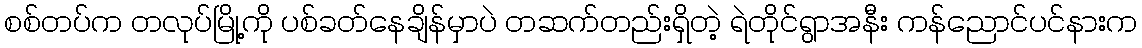
စစ်တပ်က တလုပ်မြို့ကို ပစ်ခတ်နေချိန်မှာပဲ တဆက်တည်းရှိတဲ့ ရဲတိုင်ရွာအနီး ကန်ညောင်ပင်နားက